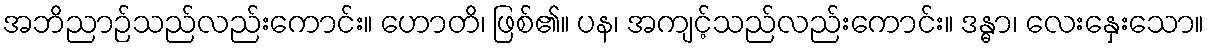
အဘိညာဉ်သည်လည်းကောင်း။ ဟောတိ၊ ဖြစ်၏။ ပန၊ အကျင့်သည်လည်းကောင်း။ ဒန္ဓာ၊ လေးနှေးသော။